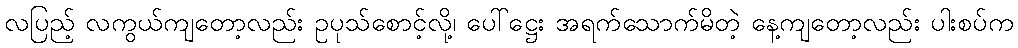
လပြည့် လကွယ်ကျတော့လည်း ဥပုသ်စောင့်လို့၊ ပေါ်ဋ္ဌေး အရက်သောက်မိတဲ့ နေ့ကျတော့လည်း ပါးစပ်က